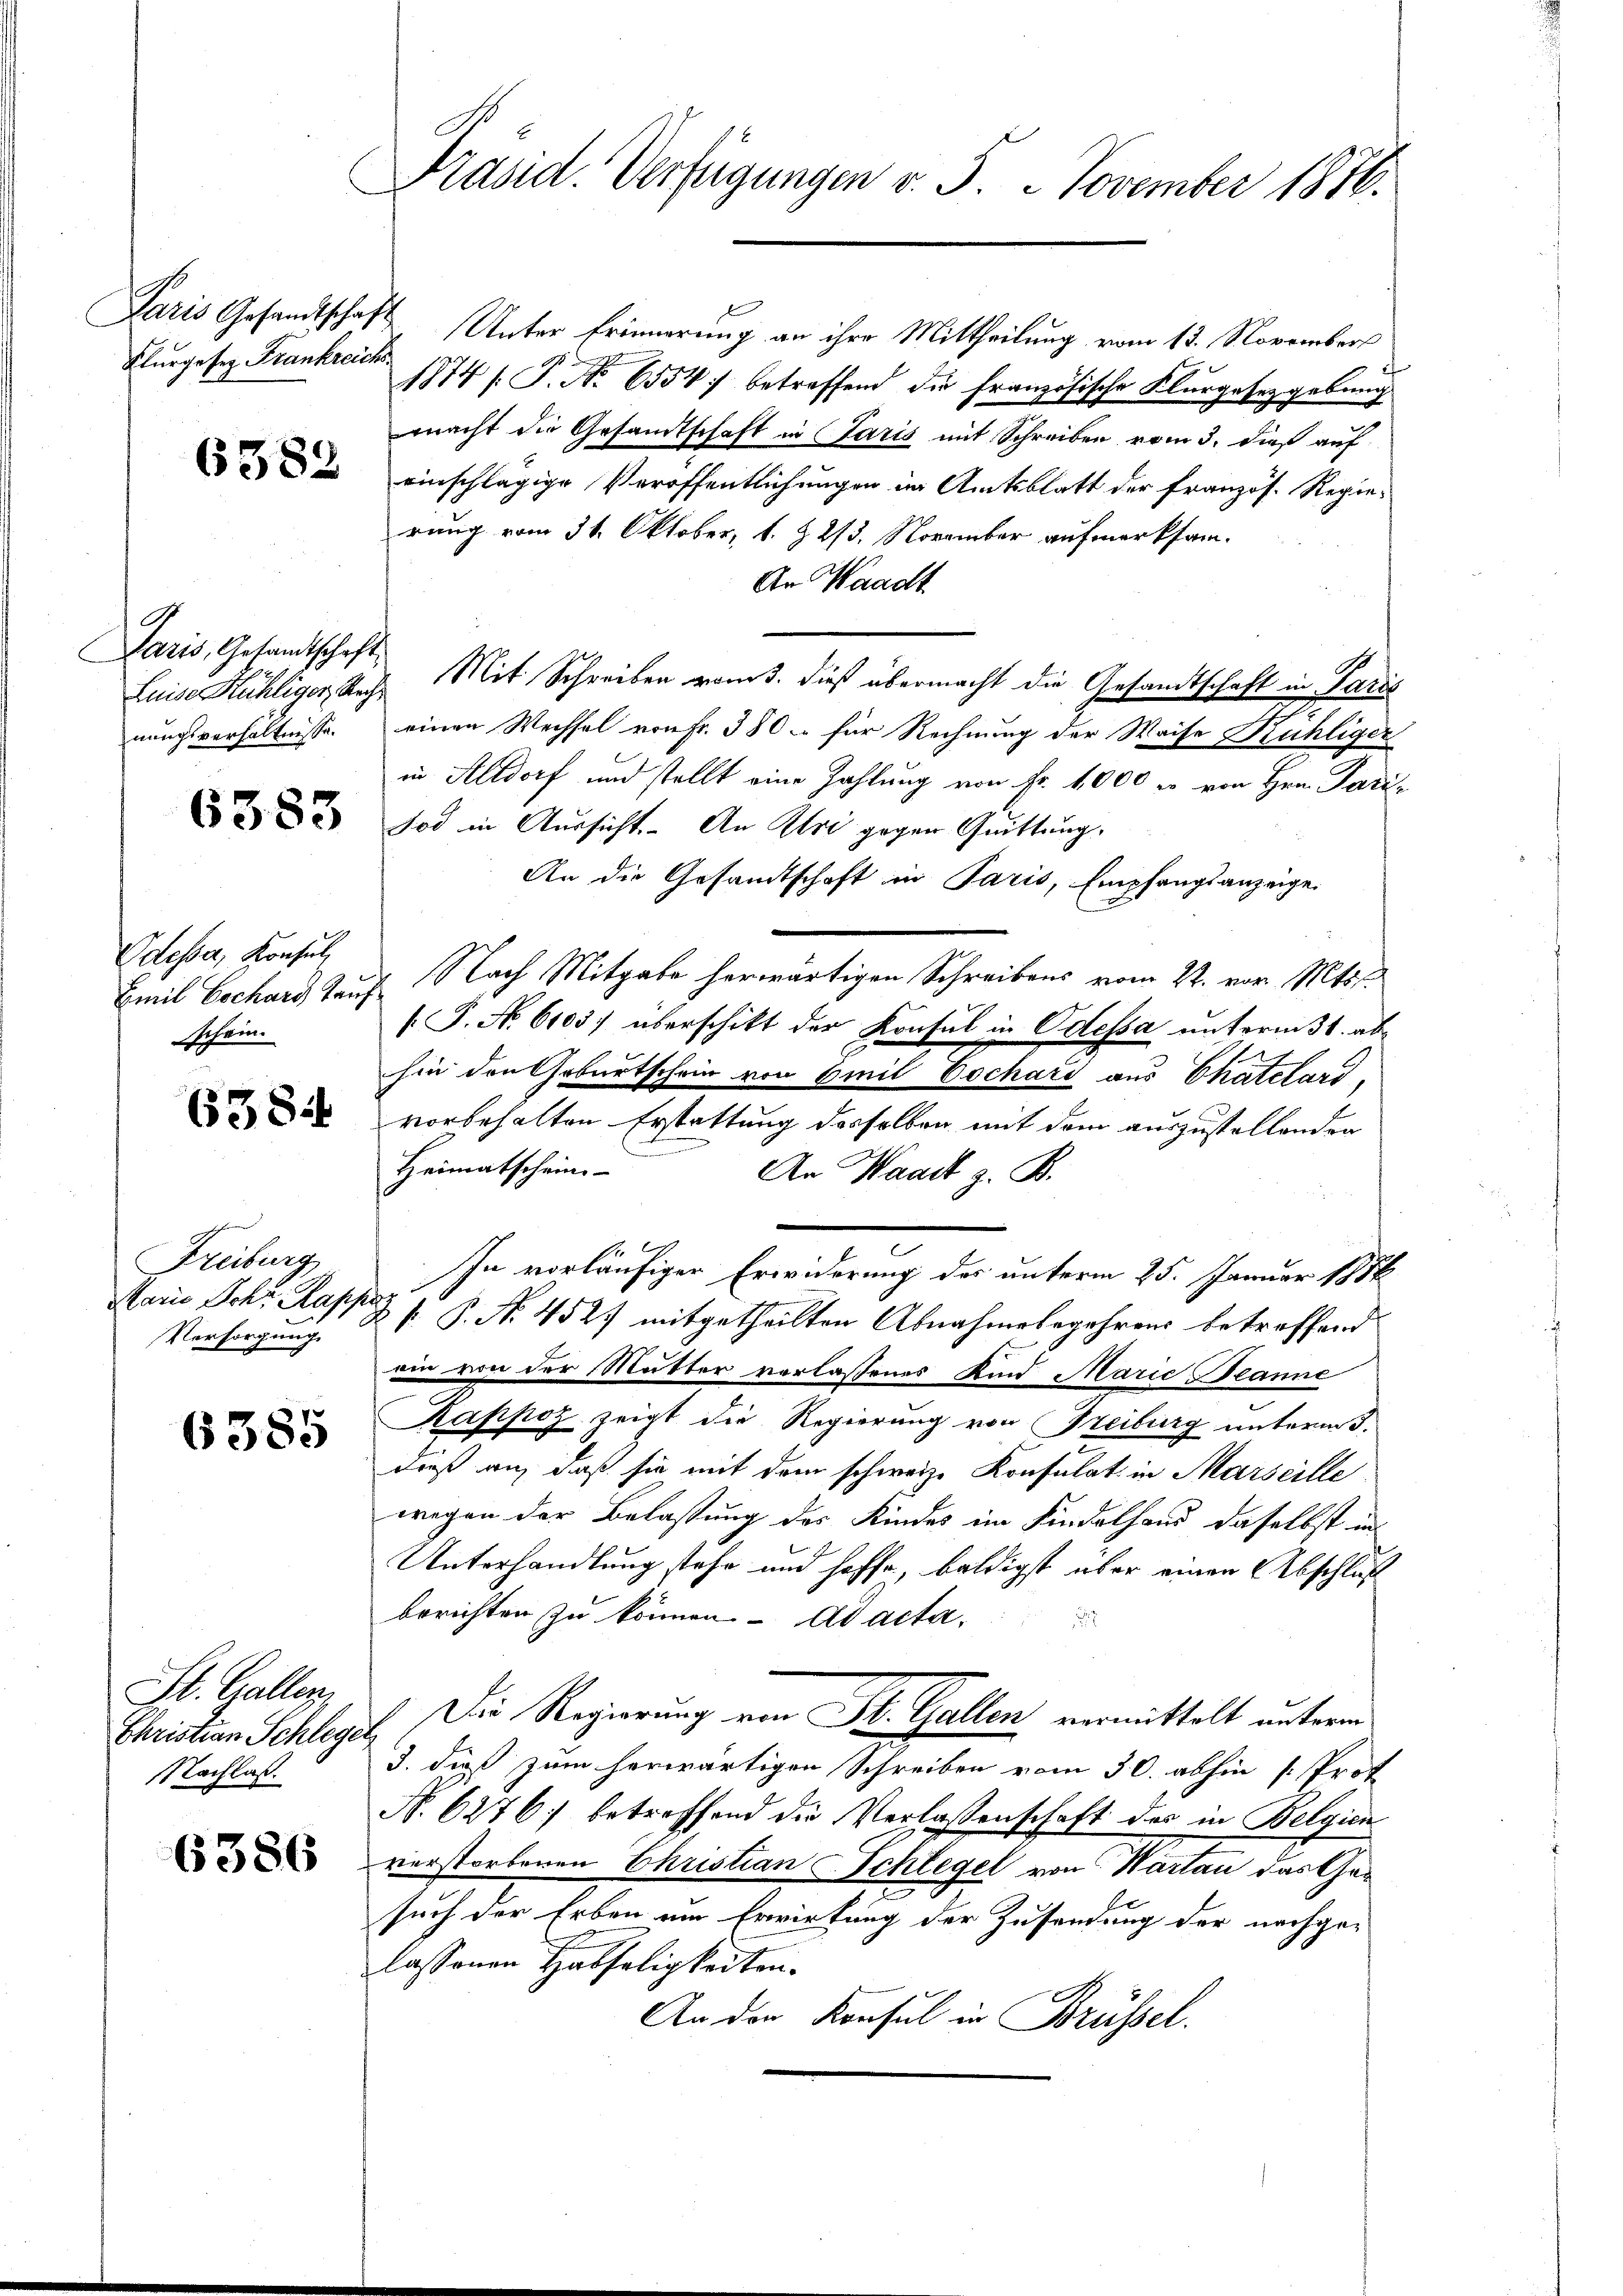
Flurgesez Frankreichs

6382

Paris, Gesandtschaft
nungsverhältnisse.

6383

Odesser, Konsul
schein.

6384

Freiburg
Marie Schr. Rappa
Versorgung

6385

St. Gallen.
Christian Schlege
NNachlas.

6386

Präsid. Verfügungen v. 5. November 1876.

1
Paris Gesandtschaft Unter Erinnerung an ihre Mittheilung vom 13. November
1874 /: P. Nr. 6554) betreffend die französische Klurgesetzgebung
macht die Gesandtschaft in Paris mit Schreiben vom 3. dieß auf
einschlägige Veröffentlichungen in Amtsblatt der französ. Regierung vom 31. Oktober, 1. & 2/3. November aufmerksam¬
An Waadt
Luise Hühliger, Nach Mit Schreiben vom 1. dieß übermacht die Gesandtschaft in Paris
einen Wechsel von Fr. 380 - für Rechnung der Waise Kühliger
in Altdorf und stellt eine Zahlung von Fr. 4000 c. von Hrn. Paris
Tod in Aussicht. An Uri gegen Quittung.
An die Gesandtschaft in Paris, Empfangsanzeige
Emil Bechard auf Nach Mitgabe herwärtigen Schreibens vom 22. vor. Mts.
[P. No. 6103) überschikt der Konsul in Odessa unterm 31. abhin den Geburtschein von 6 mit Cochard aus Chatelard,
vorbehalten Erstattung desselben mit dem auszustellenden
Heimatschein-
An Waadt z. B.
In vorläufiger Erwiderung des unterm 25. Januar 1858
P. P. No. 452) mitgetheilten Abnahmebegehrens betreffend
ein von der Mutter verlassenes Kind Marie Beanne
Kappoz zeigt die Regierung von Freiburg untermesdieß an, daß sie mit dem schweize Konsulat in Marseille
wegen der Belastung des Kindes im Findelhand daselbst in
Unterhandlung stehe und hoffe, baldigst aber einen Abschluß
berichten zu können. ad acta.
.
ich. Die Regierung von St. Gallen vermittelt unterm
3. dieß zum herwärtigen Schreiben vom 30. abhin . Prof.
N. 6276 betreffend die Verlassenschaft des in Belgien
verstorbenen Christian Schlegel von Wartan das Gesuch der Erben um Erwirkung der Zusendung der nachgelassenen Habseligkeiten.
An der Konsul in Brüssel.